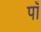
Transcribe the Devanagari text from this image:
पाँ